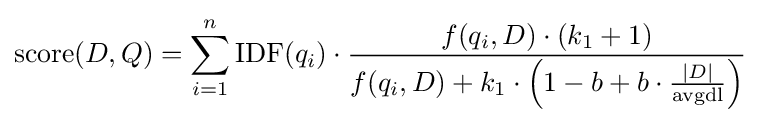
{\text{score}}(D,Q)=\sum _{i=1}^{n}{\text{IDF}}(q_{i})\cdot {\frac {f(q_{i},D)\cdot (k_{1}+1)}{f(q_{i},D)+k_{1}\cdot \left(1-b+b\cdot {\frac {|D|}{\text{avgdl}}}\right)}}